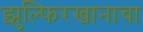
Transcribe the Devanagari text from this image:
झुल्फिरखानाचा